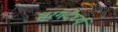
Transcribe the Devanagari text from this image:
तरगदैर्घ्य